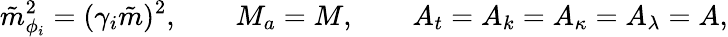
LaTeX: \tilde{m}_{\phi_{i}}^{2}=(\gamma_{i}\tilde{m})^{2},\qquad M_{a}=M,\qquad A_{t}=A_{k}=A_{\kappa}=A_{\lambda}=A,